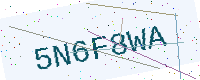
Text: 5N6F8WA